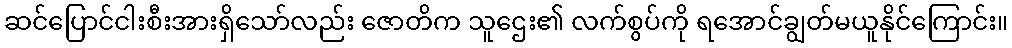
ဆင်ပြောင်ငါးစီးအားရှိသော်လည်း ဇောတိက သူဌေး၏ လက်စွပ်ကို ရအောင်ချွတ်မယူနိုင်ကြောင်း။